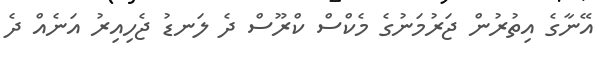
އޭނާގެ އިތުރުން ޖަރުމަނުގެ މެކްސް ކްރޫސް ދެ ލަނޑު ޖެހިއިރު އަނެއް ދެ